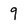
Character: 9